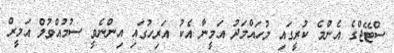
ސްޓޭޖްގެ އެންމެ ކުރީގައި މުހައްމަދު އަމީނާ އެކު އަރިހުގައި އިންނެވީ ސުުމުއްވުލް އަމީރް